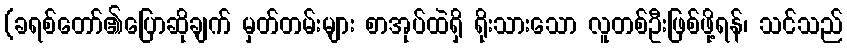
(ခရစ်တော်၏ပြောဆိုချက် မှတ်တမ်းများ စာအုပ်ထဲရှိ ရိုးသားသော လူတစ်ဦးဖြစ်ဖို့ရန်၊ သင်သည်